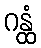
ဂန္ထံ